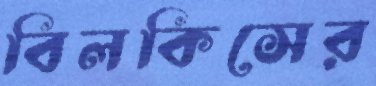
বিলকিসের